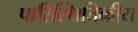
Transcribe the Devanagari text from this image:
पारिस्‍थितिकीय